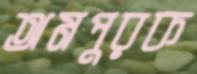
অমপুরক